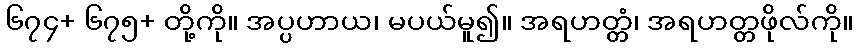
၆၇၄+ ၆၇၅+ တို့ကို။ အပ္ပဟာယ၊ မပယ်မူ၍။ အရဟတ္တံ၊ အရဟတ္တဖိုလ်ကို။